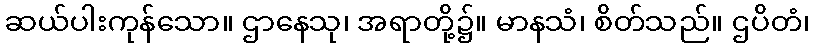
ဆယ်ပါးကုန်သော။ ဌာနေသု၊ အရာတို့၌။ မာနသံ၊ စိတ်သည်။ ဌပိတံ၊